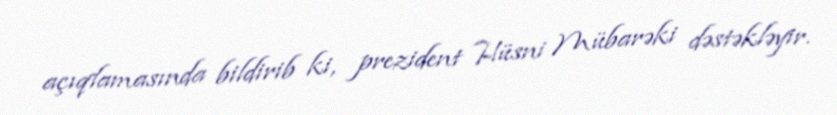
açıqlamasında bildirib ki, prezident Hüsni Mübarəki dəstəkləyir.